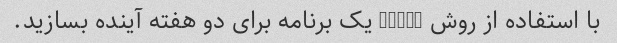
با استفاده از روش SMART یک برنامه برای دو هفته آینده بسازید.